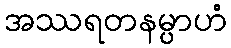
အဿရတနမ္ပာဟံ